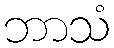
ဘာသံ